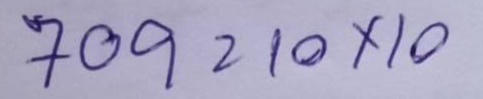
709 = 10x10